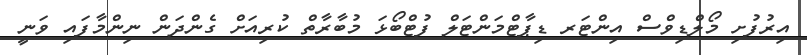
އިރުފުށި މޯލްޑިވްސް އިންޓަރ ޑިޕާޓްމަންޓަލް ފުޓްބޯޅަ މުބާރާތް ކުރިއަށް ގެންދަން ނިންމާފައި ވަނީ